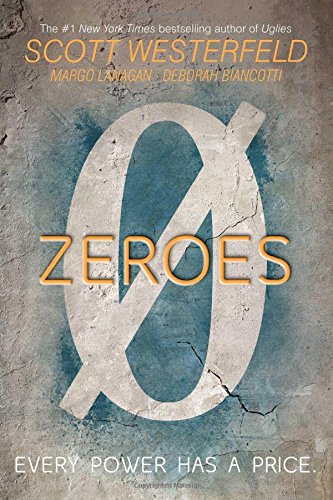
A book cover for Zeroes; Scott Westerfeld; Teen & Young Adult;